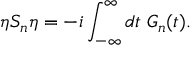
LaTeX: \eta S _ { n } \eta = - i \int _ { - \infty } ^ { \infty } d t \; G _ { n } ( t ) .